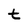
Character: t